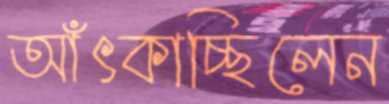
আঁৎকাচ্ছিলেন